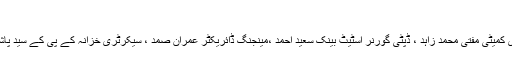
(خبر جاری ہے)
کانفرنس میں چیئر مین شریعہ ایڈوائزری کمیٹی مفتی محمد زاہد ، ڈپٹی گورنر اسٹیٹ بینک سعید احمد ،مینجنگ ڈائریکٹر عمران صمد ، سیکرٹری خزانہ کے پی کے سید پاشا بخاری سمیت دیگر بھی شریک تھے ۔